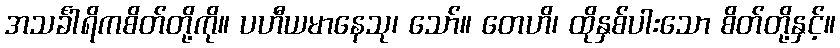
အသင်္ခါရိကစိတ်တို့ကို။ ပဟီယမာနေသု၊ သော်။ တေဟိ၊ ထိုနှစ်ပါးသော စိတ်တို့နှင့်။